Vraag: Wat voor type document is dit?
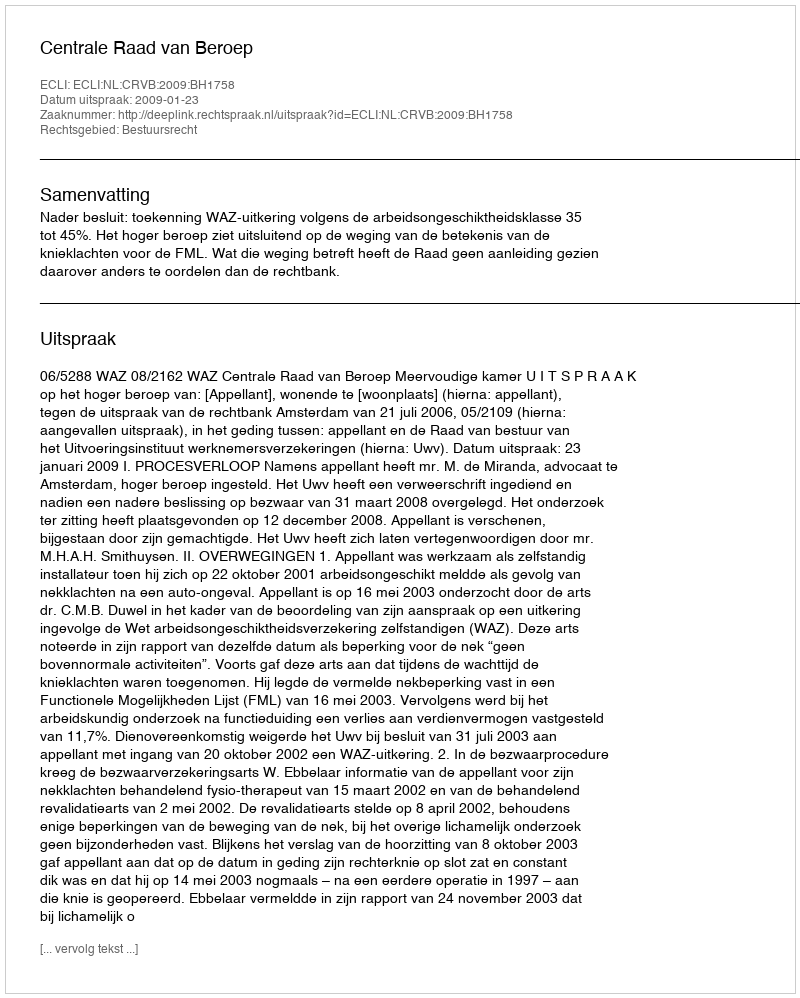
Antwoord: Uitspraak